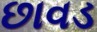
છાવડ